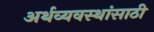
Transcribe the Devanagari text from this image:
अर्थव्यवस्थांसाठी